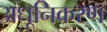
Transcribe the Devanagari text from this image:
अधूनिकरण